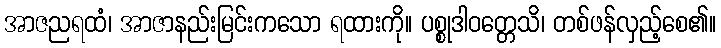
အာဇညရထံ၊ အာဇာနည်းမြင်းကသော ရထားကို။ ပစ္စုဒါဝတ္တေသိ၊ တစ်ဖန်လှည့်စေ၏။